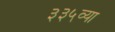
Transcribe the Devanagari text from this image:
३३५व्या